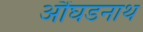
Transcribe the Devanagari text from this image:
औंघडनाथ